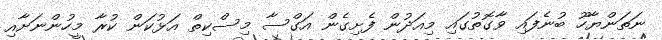
ނަތަންޔާހޫ ބުނެފައި ވާގޮތުގައި މިއަދުން ފެށިގެން އަގްސާ މިސްކިތް އަޅުކަން ކުރާ މީހުންނަށާއި